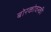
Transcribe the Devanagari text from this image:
बोरकोवस्की